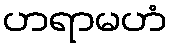
ဟရာမဟံ